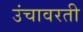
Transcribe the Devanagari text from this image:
उंचावरती